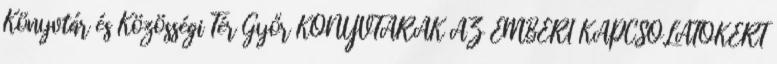
Könyvtár és Közösségi Tér Győr KÖNYVTÁRAK AZ EMBERI KAPCSOLATOKÉRT